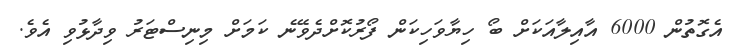
އެގޮތުން 6000 އާއިލާއަކަށް ބޯ ހިޔާވަހިކަން ފޯރުކޮށްދެވޭނެ ކަމަށް މިނިސްޓަރު ވިދާޅުވި އެވެ.